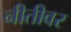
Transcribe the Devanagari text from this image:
नीतीवर